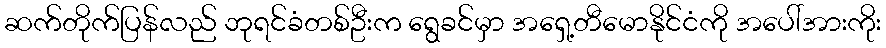
ဆက်တိုက်ပြန်လည် ဘုရင်ခံတစ်ဦးက ရွေခင်မှာ အရှေ့တီမောနိုင်ငံကို အပေါ်အားကိုး